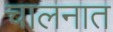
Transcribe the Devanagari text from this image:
चालनात